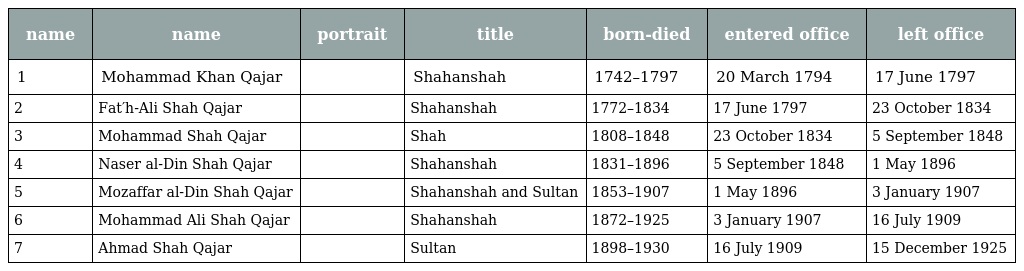
| name | name | portrait | title | born-died | entered office | left office |
 | --- | --- | --- | --- | --- | --- | --- |
 | 1 | Mohammad Khan Qajar |  | Shahanshah | 1742–1797 | 20 March 1794 | 17 June 1797 |
 | 2 | Fat′h-Ali Shah Qajar |  | Shahanshah | 1772–1834 | 17 June 1797 | 23 October 1834 |
 | 3 | Mohammad Shah Qajar |  | Shah | 1808–1848 | 23 October 1834 | 5 September 1848 |
 | 4 | Naser al-Din Shah Qajar |  | Shahanshah | 1831–1896 | 5 September 1848 | 1 May 1896 |
 | 5 | Mozaffar al-Din Shah Qajar |  | Shahanshah and Sultan | 1853–1907 | 1 May 1896 | 3 January 1907 |
 | 6 | Mohammad Ali Shah Qajar |  | Shahanshah | 1872–1925 | 3 January 1907 | 16 July 1909 |
 | 7 | Ahmad Shah Qajar |  | Sultan | 1898–1930 | 16 July 1909 | 15 December 1925 |